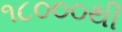
૧૮૦૦૦થી